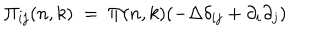
LaTeX: \Pi _ { i j } ( n , k ) \; = \; \Pi ( n , k ) ( - \Delta \delta _ { i j } + \partial _ { i } \partial _ { j } )